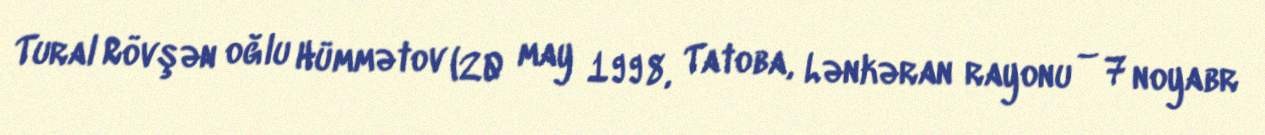
Tural Rövşən oğlu Hümmətov (20 may 1998, Tatoba, Lənkəran rayonu – 7 noyabr